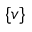
\{ v \}